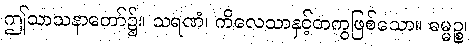
ဤသာသနာတော်၌။ သရဏံ၊ ကိလေသာနှင့်တကွဖြစ်သော။ ဓမ္မဉ္စ၊